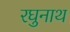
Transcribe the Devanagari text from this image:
रघुनाथ